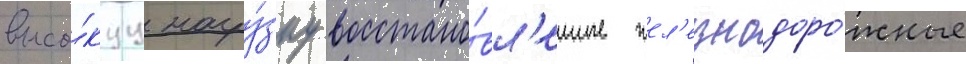
высо́куу нагру́зку восстано́вл'енные жел'езнодоро́жные